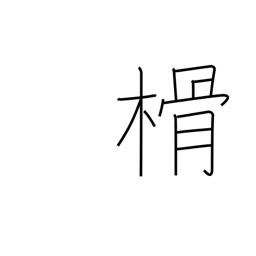
Meaning: chip (of wood)